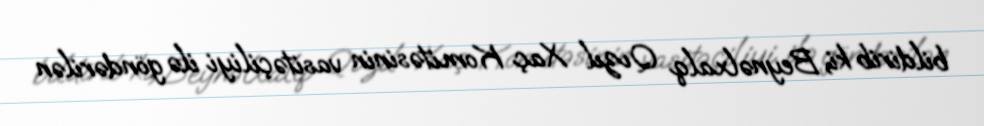
bildirib ki, Beynəlxalq Qızıl Xaç Komitəsinin vasitəçiliyi ilə göndərilən